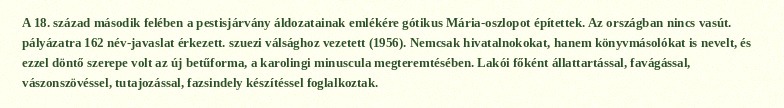
A 18. század második felében a pestisjárvány áldozatainak emlékére gótikus Mária-oszlopot építettek. Az országban nincs vasút. pályázatra 162 név-javaslat érkezett. szuezi válsághoz vezetett (1956). Nemcsak hivatalnokokat, hanem könyvmásolókat is nevelt, és ezzel döntő szerepe volt az új betűforma, a karolingi minuscula megteremtésében. Lakói főként állattartással, favágással, vászonszövéssel, tutajozással, fazsindely készítéssel foglalkoztak.